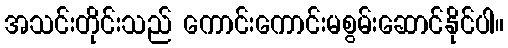
အသင်းတိုင်းသည် ကောင်းကောင်းမစွမ်းဆောင်နိုင်ပါ။